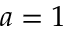
a = 1